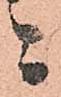
ニ